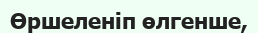
Өршеленіп өлгенше,